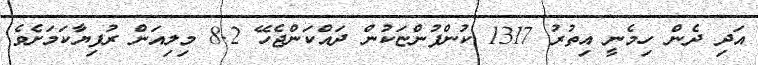
އަދި ދެން ހިމެނީ އިތުރު 1317 ކުންފުންޏަކުން ދައްކަންޖެހޭ 8.2 މިލިއަން ރުފިޔާކަމަށެވެ.